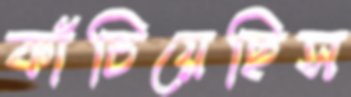
কাঁচিয়েছিস